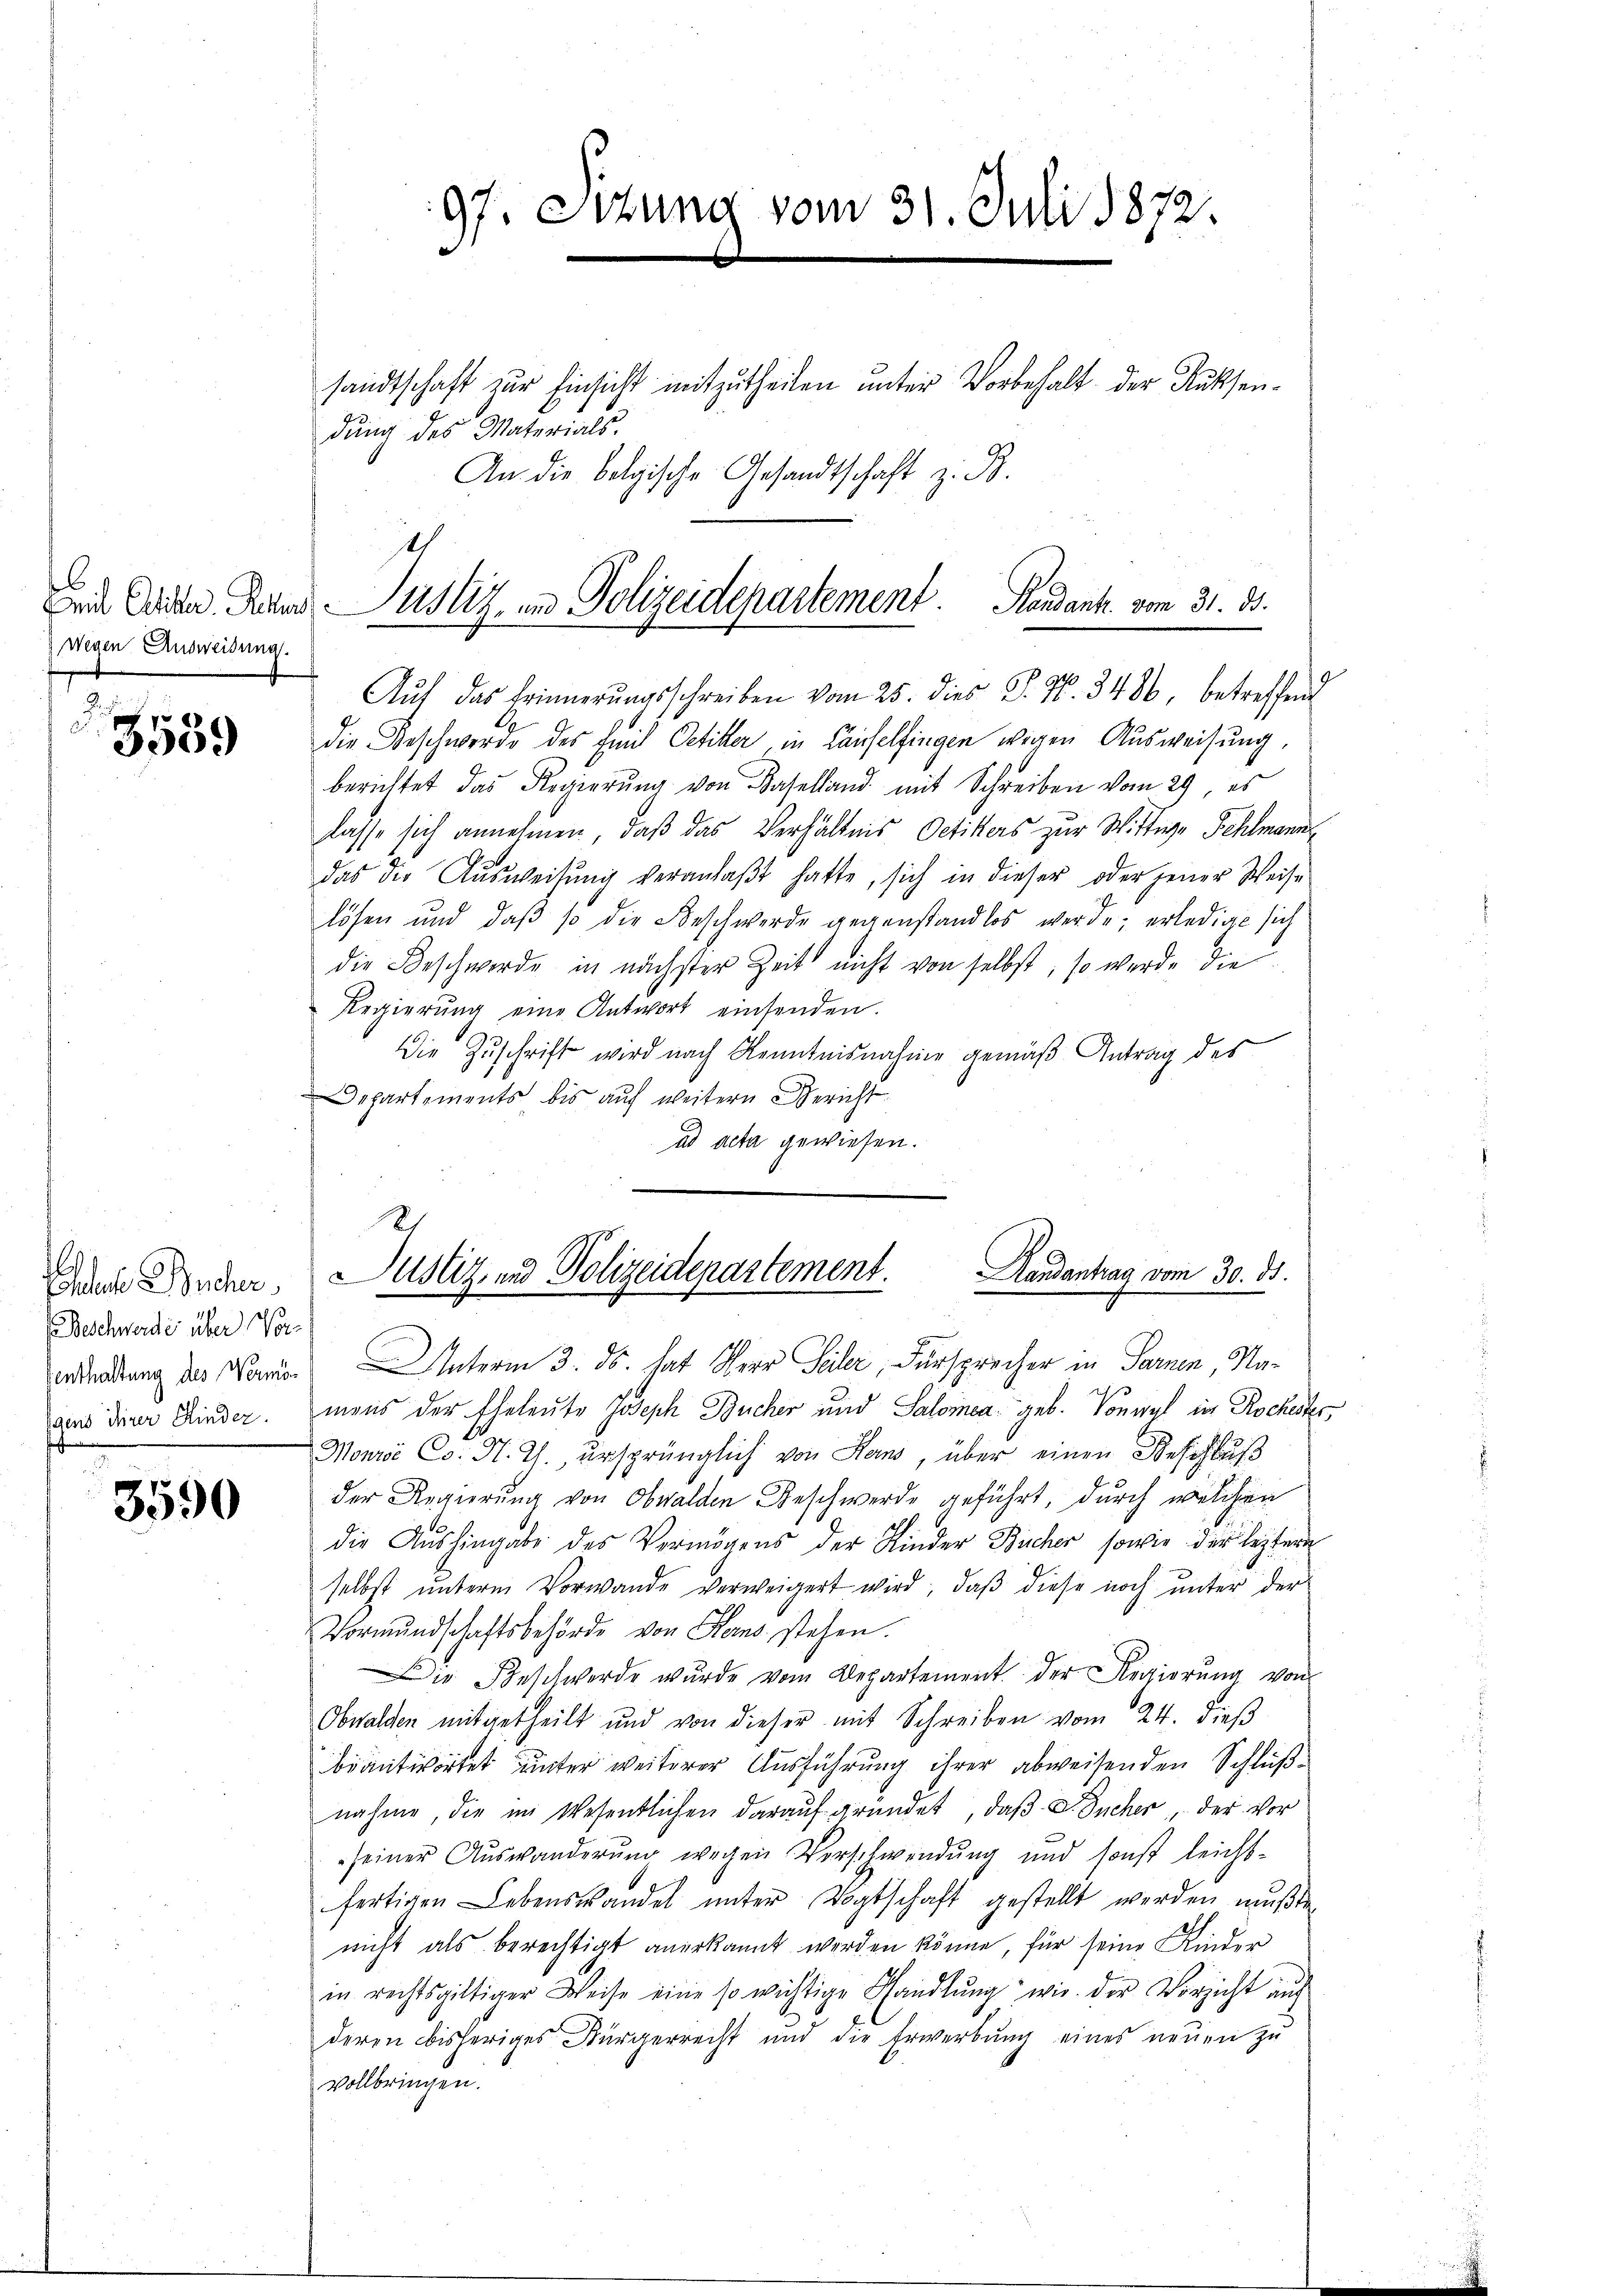
Wegen Ausweisung

(Beschwerde über Vort

3590

sandtschaft zur Einsicht mitzutheilen unter Vorbehalt der Rücksendŭng des Materials.
An die belgische Gesandtschaft z. B.
11

97. Sitzung vom 31. Juli 1872.

Leide Ander Reter Justiz- und Polizeidepartement. Pendant. vom 31. ds.
Auf das Erinnerungsschreiben vom 25. dies P. Nr. 3486, betreffend

28 die Beschwerde des Emil Oetiker in Laufelfingen wegen Ausweisung,
berichtet das Regierŭng von Baselland mit Schreiben vom 29. es
lasse sich annehmen, daß das Verhältnis Oetikers zur Wittwe Fehlmann
das die Aŭsweisŭng veranlaβt hatte, sich in dieser oder jener Weise
lösen und daβ so die Beschwerde gegenstandlos werde; erledigt sich
die Beschwerde in nächster Zeit nicht von selbst, so werde die
Regierŭng eine Antwort einsenden.
Die Zuschrift wird nach Kenntnisnahme gemäß Antrag des
Departements bis auf weitern Bericht
ad acta gewiesen.
erdankung des Marie Interm 3. ds. hat Herr Feiler, Fürsprecher in Sarnen, Nadaus die Kinder. mens der Eheleute Joseph Bücher und Salomea geb. Vonwyl in Rochester,
Monrá Co. N. Z., ursprünglich von Hans, über einen Beschluß
der Regierung von Obwalden Beschwerde geführt, durch welchen
die Aushingabe des Vermögens der Kinder Bücher, sowie der leztere
selbst ŭnterm Vorwande verweigert wird, daβ diese noch ŭnter der
Vormundschaftsbehörde von Kerns stehen.
Die Beschwerde wurde vom Departement der Regierung von
Obwalden mitgetheilt und von dieser mit Schreiben vom 24. dieβ
biantwortet unter weiterer Ausführung ihrer abweisenden Schlußnahme, die im Wesentlichen darauf gründet, daß S. Sucher, der vor
seiner Auswanderung wegen Vorschwendung und sonst leicht-
fertigen Lebenswandel ŭnter Vogtschaft gestellt werden müßte.
nicht als berechtigt anerkannt werden könne, für seine Kinder
in rechtsgültiger Weise eine so wichtige Ghandlŭng wie der Vorsicht auf
deren bisheriges Bürgerrecht und die Erwerbŭng eines neŭen zŭ
vollbringen.

Randantrag vom 30. ds.
Dann Sacher, Justiz- und Polizeidepartement.